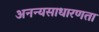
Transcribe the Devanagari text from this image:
अनन्यसाधारणता